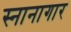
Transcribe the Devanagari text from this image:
स्‍नानागार